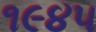
૧૯૪૫